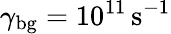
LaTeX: \gamma_{\mathrm{bg}}=10^{11}\, \mathrm{s^{-1}}